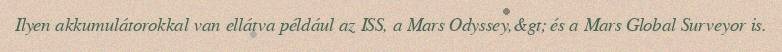
Ilyen akkumulátorokkal van ellátva például az ISS, a Mars Odyssey,&gt; és a Mars Global Surveyor is.